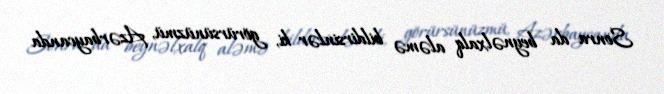
Sonra da beynəlxalq aləmə bildirsinlər ki, görürsünüzmü, Azərbaycanda